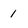
Character: 1